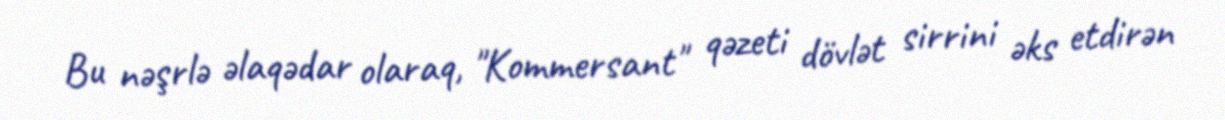
Bu nəşrlə əlaqədar olaraq, "Kommersant" qəzeti dövlət sirrini əks etdirən